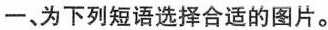
一、为下列短语选择合适的图片。